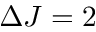
\Delta J = 2